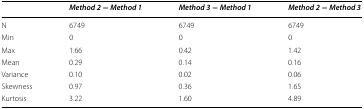
<table><thead><tr><td></td><td><b><i>Method 2</i> − <i>Method 1</i></b></td><td><b><i>Method 3</i> − <i>Method 1</i></b></td><td><b><i>Method 2</i> − <i>Method 3</i></b></td></tr></thead><tbody><tr><td>N</td><td>6749</td><td>6749</td><td>6749</td></tr><tr><td>Min</td><td>0</td><td>0</td><td>0</td></tr><tr><td>Max</td><td>1.66</td><td>0.42</td><td>1.42</td></tr><tr><td>Mean</td><td>0.29</td><td>0.14</td><td>0.16</td></tr><tr><td>Variance</td><td>0.10</td><td>0.02</td><td>0.06</td></tr><tr><td>Skewness</td><td>0.97</td><td>0.36</td><td>1.65</td></tr><tr><td>Kurtosis</td><td>3.22</td><td>1.60</td><td>4.89</td></tr></tbody></table>